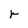
Character: r